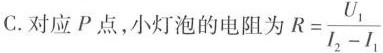
C.对应P点，小灯泡的电阻为R $$R= \frac{U_{1}}{I_{2}-I_{1}}$$